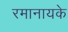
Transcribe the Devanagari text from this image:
रमानायके